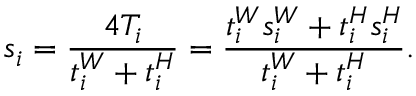
s _ { i } = \frac { 4 T _ { i } } { t _ { i } ^ { W } + t _ { i } ^ { H } } = \frac { t _ { i } ^ { W } s _ { i } ^ { W } + t _ { i } ^ { H } s _ { i } ^ { H } } { t _ { i } ^ { W } + t _ { i } ^ { H } } .